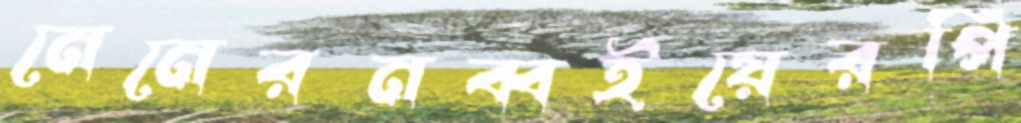
নেনেরনব্বইয়েরপি